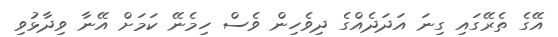
އޭގެ ތެރޭގައި ގިނަ އަދަދެއްގެ ދިވެހިން ވެސް ހިމެނޭ ކަމަށް އޭނާ ވިދާޅުވި